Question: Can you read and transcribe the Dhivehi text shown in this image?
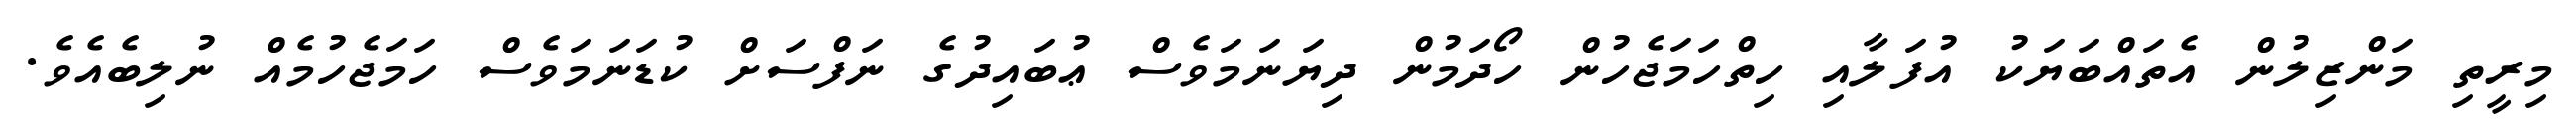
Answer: މިރީތި މަންޒިލުން އެތައްބަޔަކު އުފަލާއި ހިތްހަމަޖެހުން ހޯދަމުން ދިޔަނަމަވެސް ޢުބައިދުގެ ނަފްސަށް ކުޑަނަމަވެސް ހަމަޖެހުމެއް ނުލިބެއެވެ.